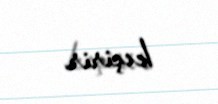
keçirir.